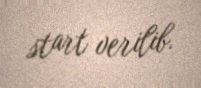
start verilib.